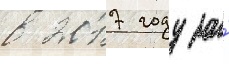
в 2017 году за́